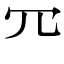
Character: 㓁